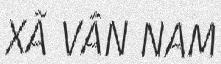
XÃ VÂN NAM